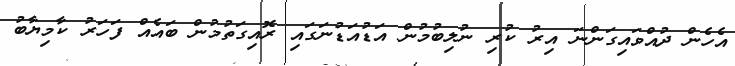
އެހެން ދުއްވައިގަންނަ އިރު ކުރި ނުލިބުމުން އަޑުއަޑުނަގައި ރޮއިގަތުމުން ބައެއް ފަހަރު ކާމިޔާބު